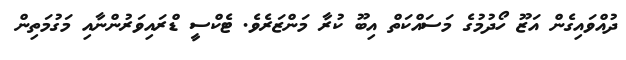
ދުއްވައިގެން އަޒޫ ހޯދުމުގެ މަސައްކަތް އިބޫ ކުރާ މަންޒަރެވެ. ޓެކްސީ ޑްރައިވަރުންނާއި މަގުމަތިން